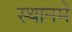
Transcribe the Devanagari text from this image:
स्थानमे